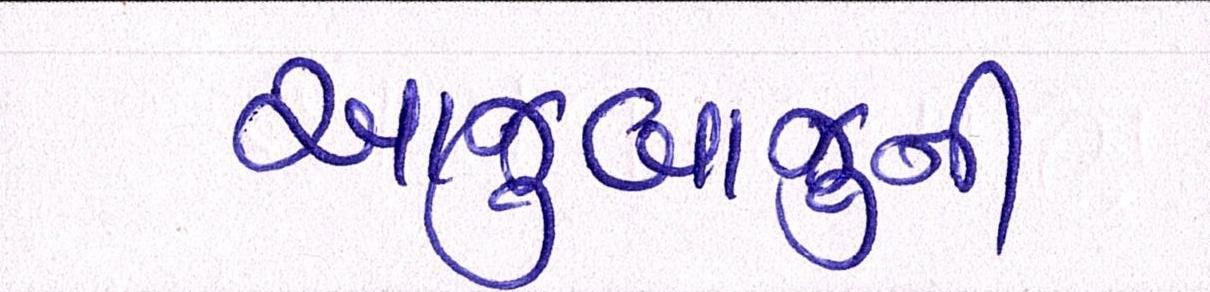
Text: આજુબાજુની